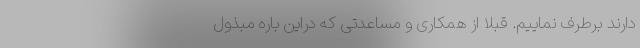
دارند برطرف نماییم. قبلا از همکاری و مساعدتی که دراین باره مبذول